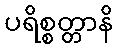
ပရိစ္စတ္တာနိ